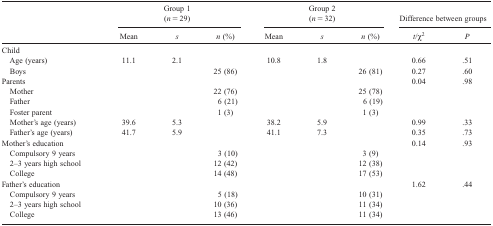
<table><thead><tr><td></td><td colspan="3"><b>Group 1 (<i>n</i> = 29)</b></td><td colspan="3"><b>Group 2 (<i>n</i> = 32)</b></td><td colspan="2"><b>Difference between groups</b></td></tr><tr><td></td><td><b>Mean</b></td><td><b><i>s</i></b></td><td><b><i>n</i> (%)</b></td><td><b>Mean</b></td><td><b><i>s</i></b></td><td><b><i>n</i> (%)</b></td><td><b><i>t</i> χ<sup>2</sup></b></td><td><b><i>P</i></b></td></tr></thead><tbody><tr><td colspan="9">Child</td></tr><tr><td> Age (years)</td><td>11.1</td><td>2.1</td><td></td><td>10.8</td><td>1.8</td><td></td><td>0.66</td><td>.51</td></tr><tr><td> Boys</td><td></td><td></td><td>25 (86)</td><td></td><td></td><td>26 (81)</td><td>0.27</td><td>.60</td></tr><tr><td colspan="7">Parents</td><td>0.04</td><td>.98</td></tr><tr><td> Mother</td><td></td><td></td><td>22 (76)</td><td></td><td></td><td>25 (78)</td><td></td><td></td></tr><tr><td> Father</td><td></td><td></td><td>6 (21)</td><td></td><td></td><td>6 (19)</td><td></td><td></td></tr><tr><td> Foster parent</td><td></td><td></td><td>1 (3)</td><td></td><td></td><td>1 (3)</td><td></td><td></td></tr><tr><td> Mother&#x27;s age (years)</td><td>39.6</td><td>5.3</td><td></td><td>38.2</td><td>5.9</td><td></td><td>0.99</td><td>.33</td></tr><tr><td> Father&#x27;s age (years)</td><td>41.7</td><td>5.9</td><td></td><td>41.1</td><td>7.3</td><td></td><td>0.35</td><td>.73</td></tr><tr><td colspan="7">Mother&#x27;s education</td><td>0.14</td><td>.93</td></tr><tr><td> Compulsory 9 years</td><td></td><td></td><td>3 (10)</td><td></td><td></td><td>3 (9)</td><td></td><td></td></tr><tr><td> 2–3 years high school</td><td></td><td></td><td>12 (42)</td><td></td><td></td><td>12 (38)</td><td></td><td></td></tr><tr><td> College</td><td></td><td></td><td>14 (48)</td><td></td><td></td><td>17 (53)</td><td></td><td></td></tr><tr><td colspan="7">Father&#x27;s education</td><td>1.62</td><td>0.44</td></tr><tr><td> Compulsory 9 years</td><td></td><td></td><td>5 (18)</td><td></td><td></td><td>10 (31)</td><td></td><td></td></tr><tr><td> 2–3 years high school</td><td></td><td></td><td>10 (36)</td><td></td><td></td><td>11 (34)</td><td></td><td></td></tr><tr><td> College</td><td></td><td></td><td>13 (46)</td><td></td><td></td><td>11 (34)</td><td></td><td></td></tr></tbody></table>